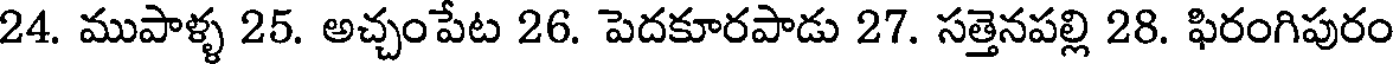
24. ముపాళ్ళ 25. అచ్చంపేట 26. పెదకూరపాడు 27. సత్తెనపల్లి 28. ఫిరంగిపురం